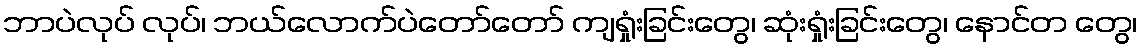
ဘာပဲလုပ် လုပ်၊ ဘယ်လောက်ပဲတော်တော် ကျရှုံးခြင်းတွေ၊ ဆုံးရှုံးခြင်းတွေ၊ နောင်တ တွေ၊